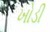
ખોડી